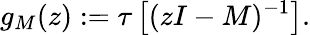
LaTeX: g_{M}(z):=\tau\left[(zI-M)^{-1}\right].